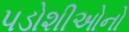
પડોશીઓનો